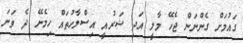
ގައުމަށް ގެންނަން ޖެހޭ މާލީ އަދި ޝަރުއީ އިސްލާހުތައް ހިމެނޭ ދެ ވަނަ